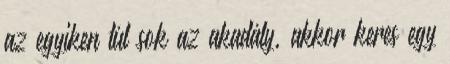
az egyiken túl sok az akadály, akkor keres egy